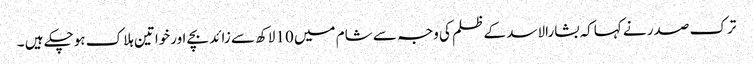
ترک صدر نے کہاکہ بشارالاسد کے ظلم کی وجہ سے شام میں 10لاکھ سے زائد بچے اورخواتین ہلاک ہوچکے ہیں ۔